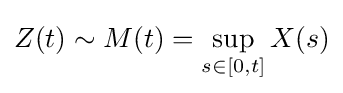
Z(t)\sim M(t)=\sup _{s\in [0,t]}X(s)